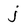
Character: j